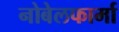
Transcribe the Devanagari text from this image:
नोबेलफार्मा